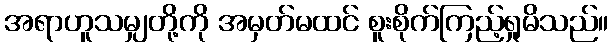
အရာဟူသမျှတို့ကို အမှတ်မထင် စူးစိုက်ကြည့်ရှုမိသည်။